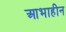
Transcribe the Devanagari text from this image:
आभाहीन